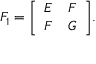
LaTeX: F _ { 1 } = { \left[ \begin{array} { l l } { E } & { F } \\ { F } & { G } \end{array} \right] } .